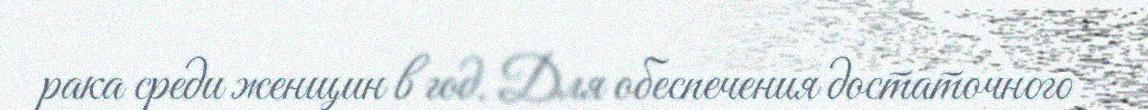
рака среди женщин в год. Для обеспечения достаточного